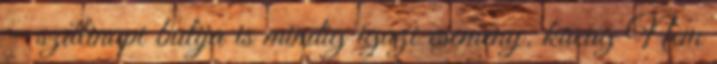
– szülinapi bulija is mindig igazi esemény. kacag Nem